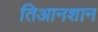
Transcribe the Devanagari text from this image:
तिआनशान